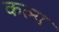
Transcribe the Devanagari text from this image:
कल्‍प